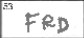
Transcription: FRD